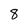
Character: 8